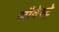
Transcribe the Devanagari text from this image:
सौवेस्ट्रे